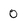
Character: 0